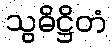
သွဓိဋ္ဌိတံ